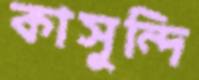
কাসুন্দি